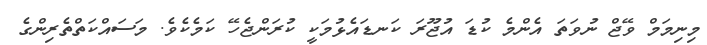
މިނިމަމް ވޭޖް ނުވަތަ އެންމެ ކުޑަ އުޖޫރަ ކަނޑައެޅުމަކީ ކުރަންޖެހޭ ކަމެކެވެ. މަސައްކަތްތެރިންގެ